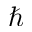
\hbar